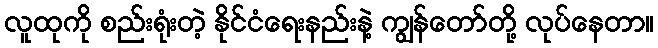
လူထုကို စည်းရုံးတဲ့ နိုင်ငံရေးနည်းနဲ့ ကျွန်တော်တို့ လုပ်နေတာ။